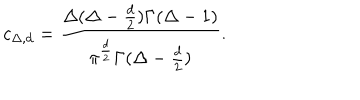
c _ { \Delta , d } = { \frac { \Delta ( \Delta - { \frac { d } { 2 } } ) \Gamma ( \Delta - 1 ) } { \pi ^ { \frac { d } { 2 } } \Gamma ( \Delta - { \frac { d } { 2 } } ) } } .